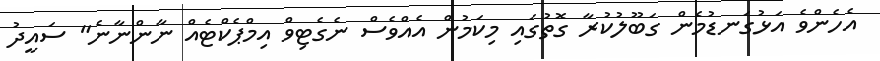
އެހެންވެ އަޅުގަނޑުމެން ގަބޫލުކުރާ ގޮތުގައި މިކަމުން އެއްވެސް ނެގެޓިވް އިމްޕެކްޓެއް ނާންނާނެ" ސައީދު